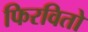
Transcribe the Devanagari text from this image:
फिरवितो